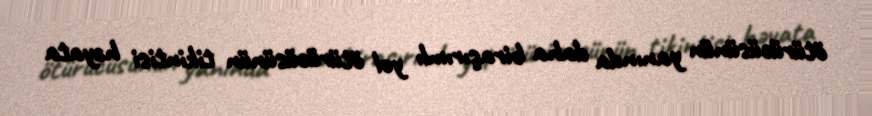
ötürücüsünün yanında daha biraşırımlı yol ötürücüsünün tikintisi həyata